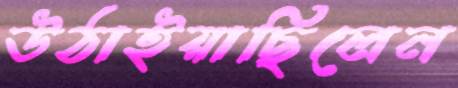
উঠাইয়াছিলেন